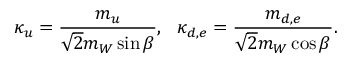
\kappa _ { u } = \frac { m _ { u } } { \sqrt { 2 } m _ { W } \sin \beta } , ~ ~ \kappa _ { d , e } = \frac { m _ { d , e } } { \sqrt { 2 } m _ { W } \cos \beta } .